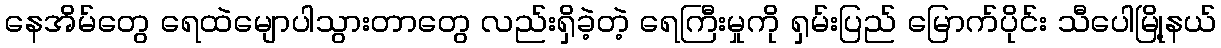
နေအိမ်တွေ ရေထဲမျောပါသွားတာတွေ လည်းရှိခဲ့တဲ့ ရေကြီးမှုကို ရှမ်းပြည် မြောက်ပိုင်း သီပေါမြို့နယ်